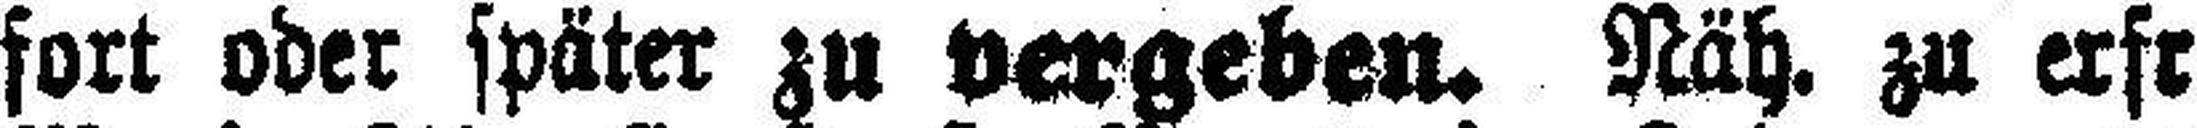
fort oder später zu vergeben. Näh. zu erfragen